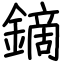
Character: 鏑